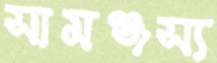
সামঞ্জস্য